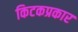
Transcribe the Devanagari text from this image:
किटकप्रकार